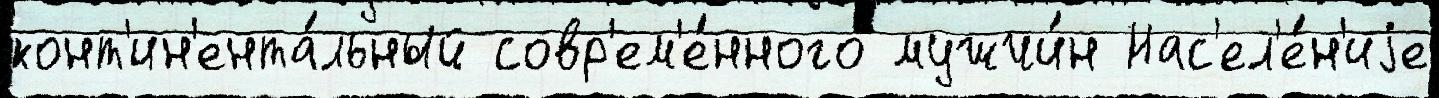
конт'ин'ента́льный совр'ем'е́нного мужчи́н Нас'ел'е́н'иjе